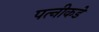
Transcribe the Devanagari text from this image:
पत्‍नीकडे